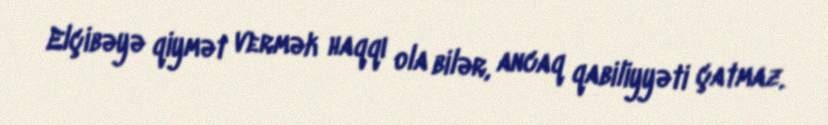
Elçibəyə qiymət vermək haqqı ola bilər, ancaq qabiliyyəti çatmaz.